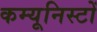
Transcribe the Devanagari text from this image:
कम्यूनिस्टों